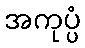
အကုပ္ပံ